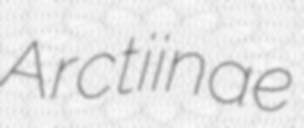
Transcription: Arctiinae